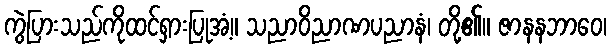
ကွဲပြားသည်ကိုထင်ရှားပြုအံ့။ သညာဝိညာဏပညာနံ၊ တို့၏။ ဇာနနဘာဝေ၊